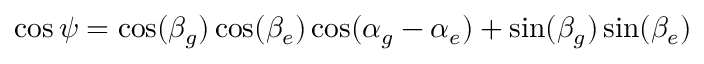
\cos \psi = \cos ( \beta _ { g } ) \cos ( \beta _ { e } ) \cos ( \alpha _ { g } - \alpha _ { e } ) + \sin ( \beta _ { g } ) \sin ( \beta _ { e } )